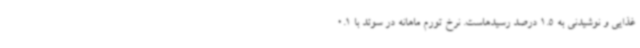
غذایی و نوشیدنی به 1.5 درصد رسیدهاست. نرخ تورم ماهانه در سوئد با 0.1